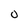
Character: 0